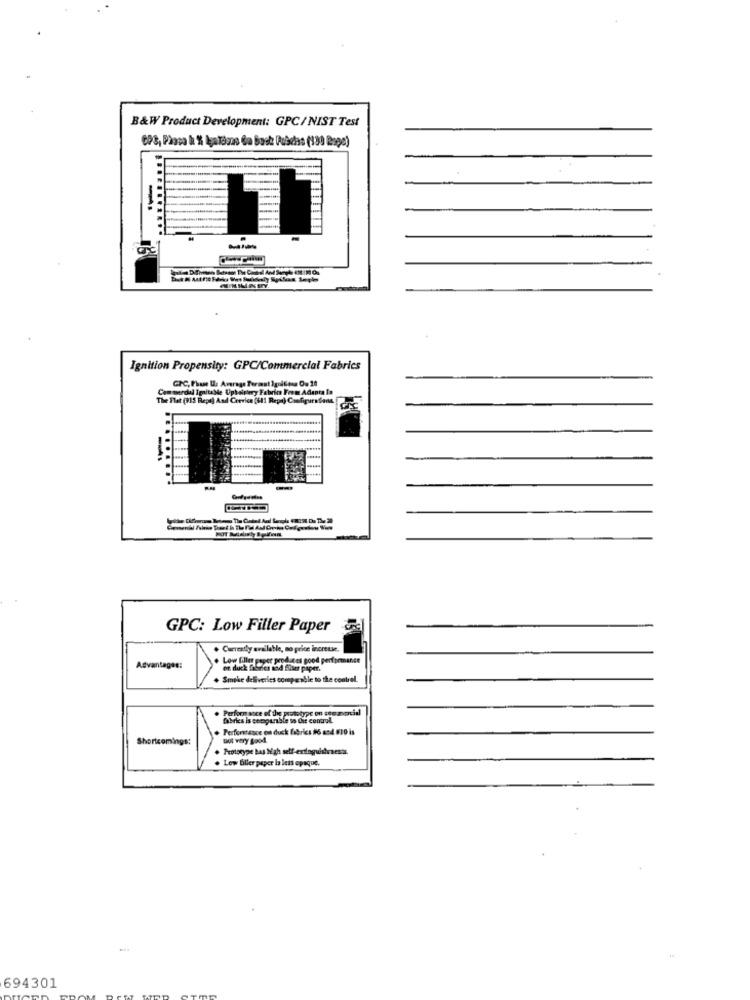
B&W Product Development: GPC / NIST Test
Ignition Propensity: GPC/Commercial Fabrics
GPC, Phase Il: Average Termst Ignition O. 20
Com werdal IgaitaMe Upholstery Fabrin Form Adanta Ia
The Flat (915 Reps) And Crevice (611 Repa) Csofigura Sans
GPC: Low Filler Paper
. Currently available, no price increuse.
Low fille paper produces good performance
Advantages:
on duck fabrics mod füser paper.
Smoke deliveries comparable to the contrel.
Performance of the prototype on seeanacid
fabrics Is comparable to Chit control.
Shortcomings:
not very good
Prototype baş Nigh self-exdoguishrests
Lew Biller paper la lets opaque.
694301